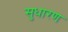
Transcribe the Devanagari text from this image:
सुधारण